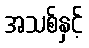
အသစ်နှင့်